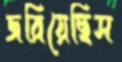
জরিয়েছিস